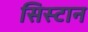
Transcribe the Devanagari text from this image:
सिस्टान